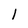
Character: 1